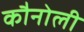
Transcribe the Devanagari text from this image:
कौनोली